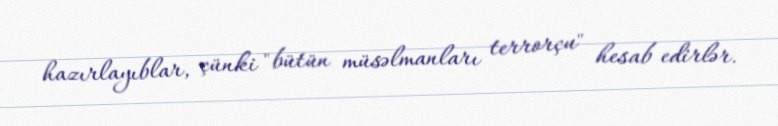
hazırlayıblar, çünki "bütün müsəlmanları terrorçu" hesab edirlər.